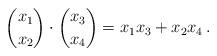
LaTeX: \begin{align*} {x_1 \choose x_2} \cdot {x_3 \choose x_4} = x_1 x_3 + x_2 x_4 \, .\end{align*}